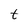
Character: t